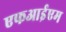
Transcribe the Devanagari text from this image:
एफआईएम